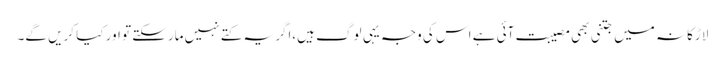
لاڑکانہ میں جتنی بھی مصیبت آئی ہے اس کی وجہ یہی لوگ ہیں،اگر یہ کتے نہیں مارسکتے تو اور کیا کریں گے۔